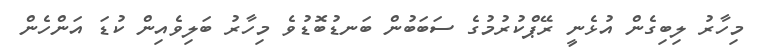
މިހާރު ލިބިގެން އުޅެނީ ރޭޕްކުރުމުގެ ސަބަބުން ބަނޑުބޮޑުވެ މިހާރު ބަލިވެއިން ކުޑަ އަންހެން